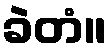
ခဲတံ။